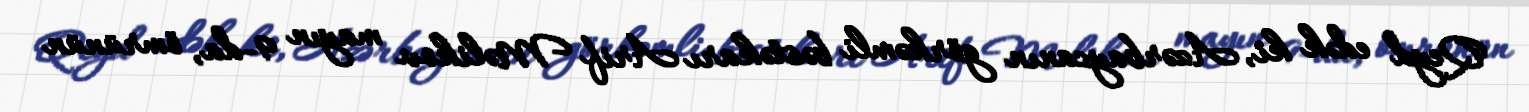
Qeyd edək ki, Azərbaycanın görkəmli bəstəkarı Arif Məlikov mayın 9-da, ömrünün